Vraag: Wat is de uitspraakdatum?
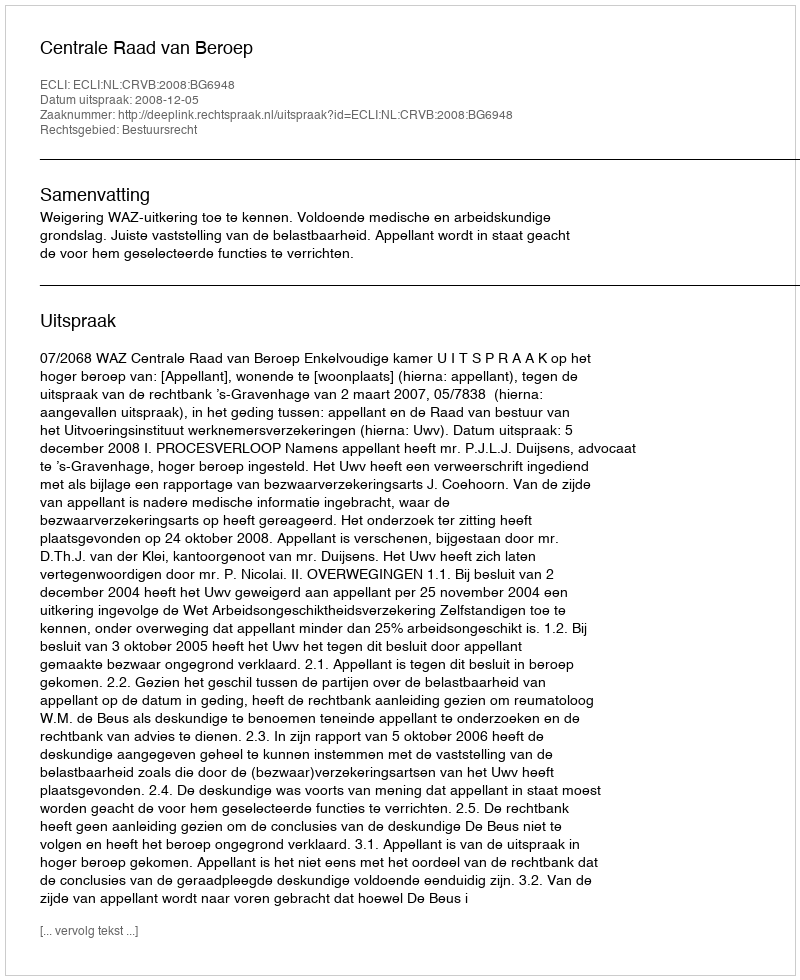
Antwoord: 2008-12-05